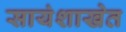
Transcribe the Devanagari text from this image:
सायंशाखेत